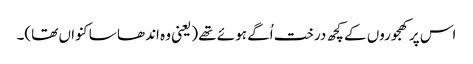
اس پر کھجوروں کے کچھ درخت اُگے ہوئے تھے (یعنی وہ اندھا سا کنواں تھا)۔